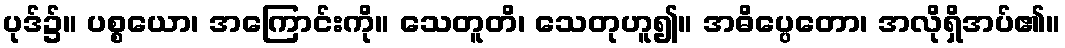
ပုဒ်၌။ ပစ္စယော၊ အကြောင်းကို။ သေတူတိ၊ သေတုဟူ၍။ အဓိပ္ပေတော၊ အလိုရှိအပ်၏။